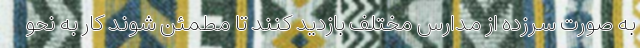
به صورت سرزده از مدارس مختلف بازدید کنند تا مطمئن شوند کار به نحو